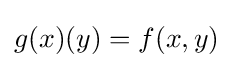
g(x)(y)=f(x,y)